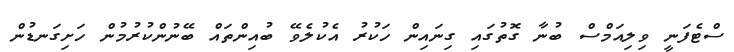
ސްޓެފަނީ ވިލިއަމްސް ބުނާ ގޮތުގައި ގިނައިން ހަކުރު އެކުލެވޭ ބުއިންތައް ބޭނުންކުރުމުން ހަށިގަނޑުން